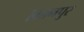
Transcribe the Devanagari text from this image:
।कानपुर